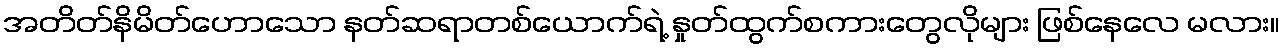
အတိတ်နိမိတ်ဟောသော နတ်ဆရာတစ်ယောက်ရဲ့ နှုတ်ထွက်စကားတွေလိုများ ဖြစ်နေလေ မလား။